Indian journal of veterinary science and animal husbandry - Volumes 18-21, 1948-1951
Year: 1948
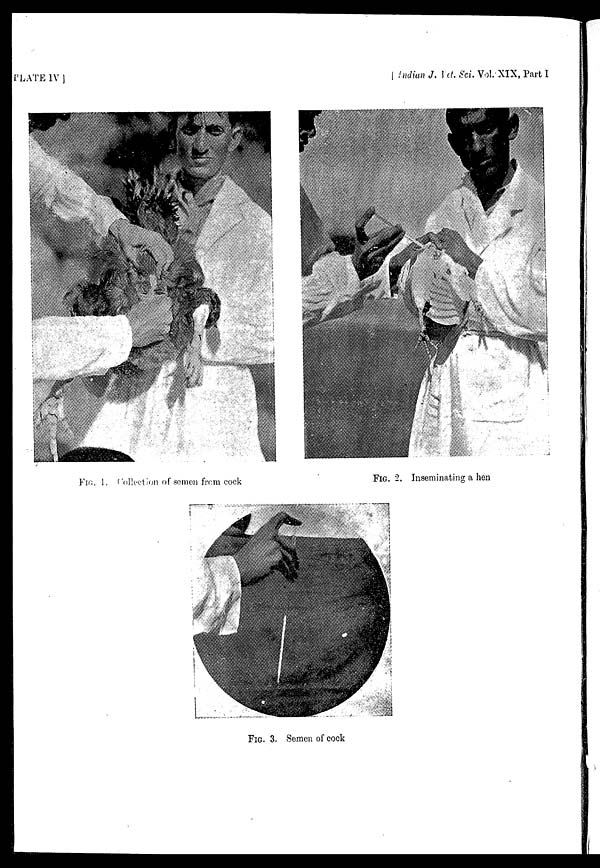
PLATE IV]
[Indian
J. Vet. Sci. Vol.-XIX, Part I
FIG. 1. Collection of semen from cock
FIG. 2. Inseminating a hen
FIG. 3. Semen of cock